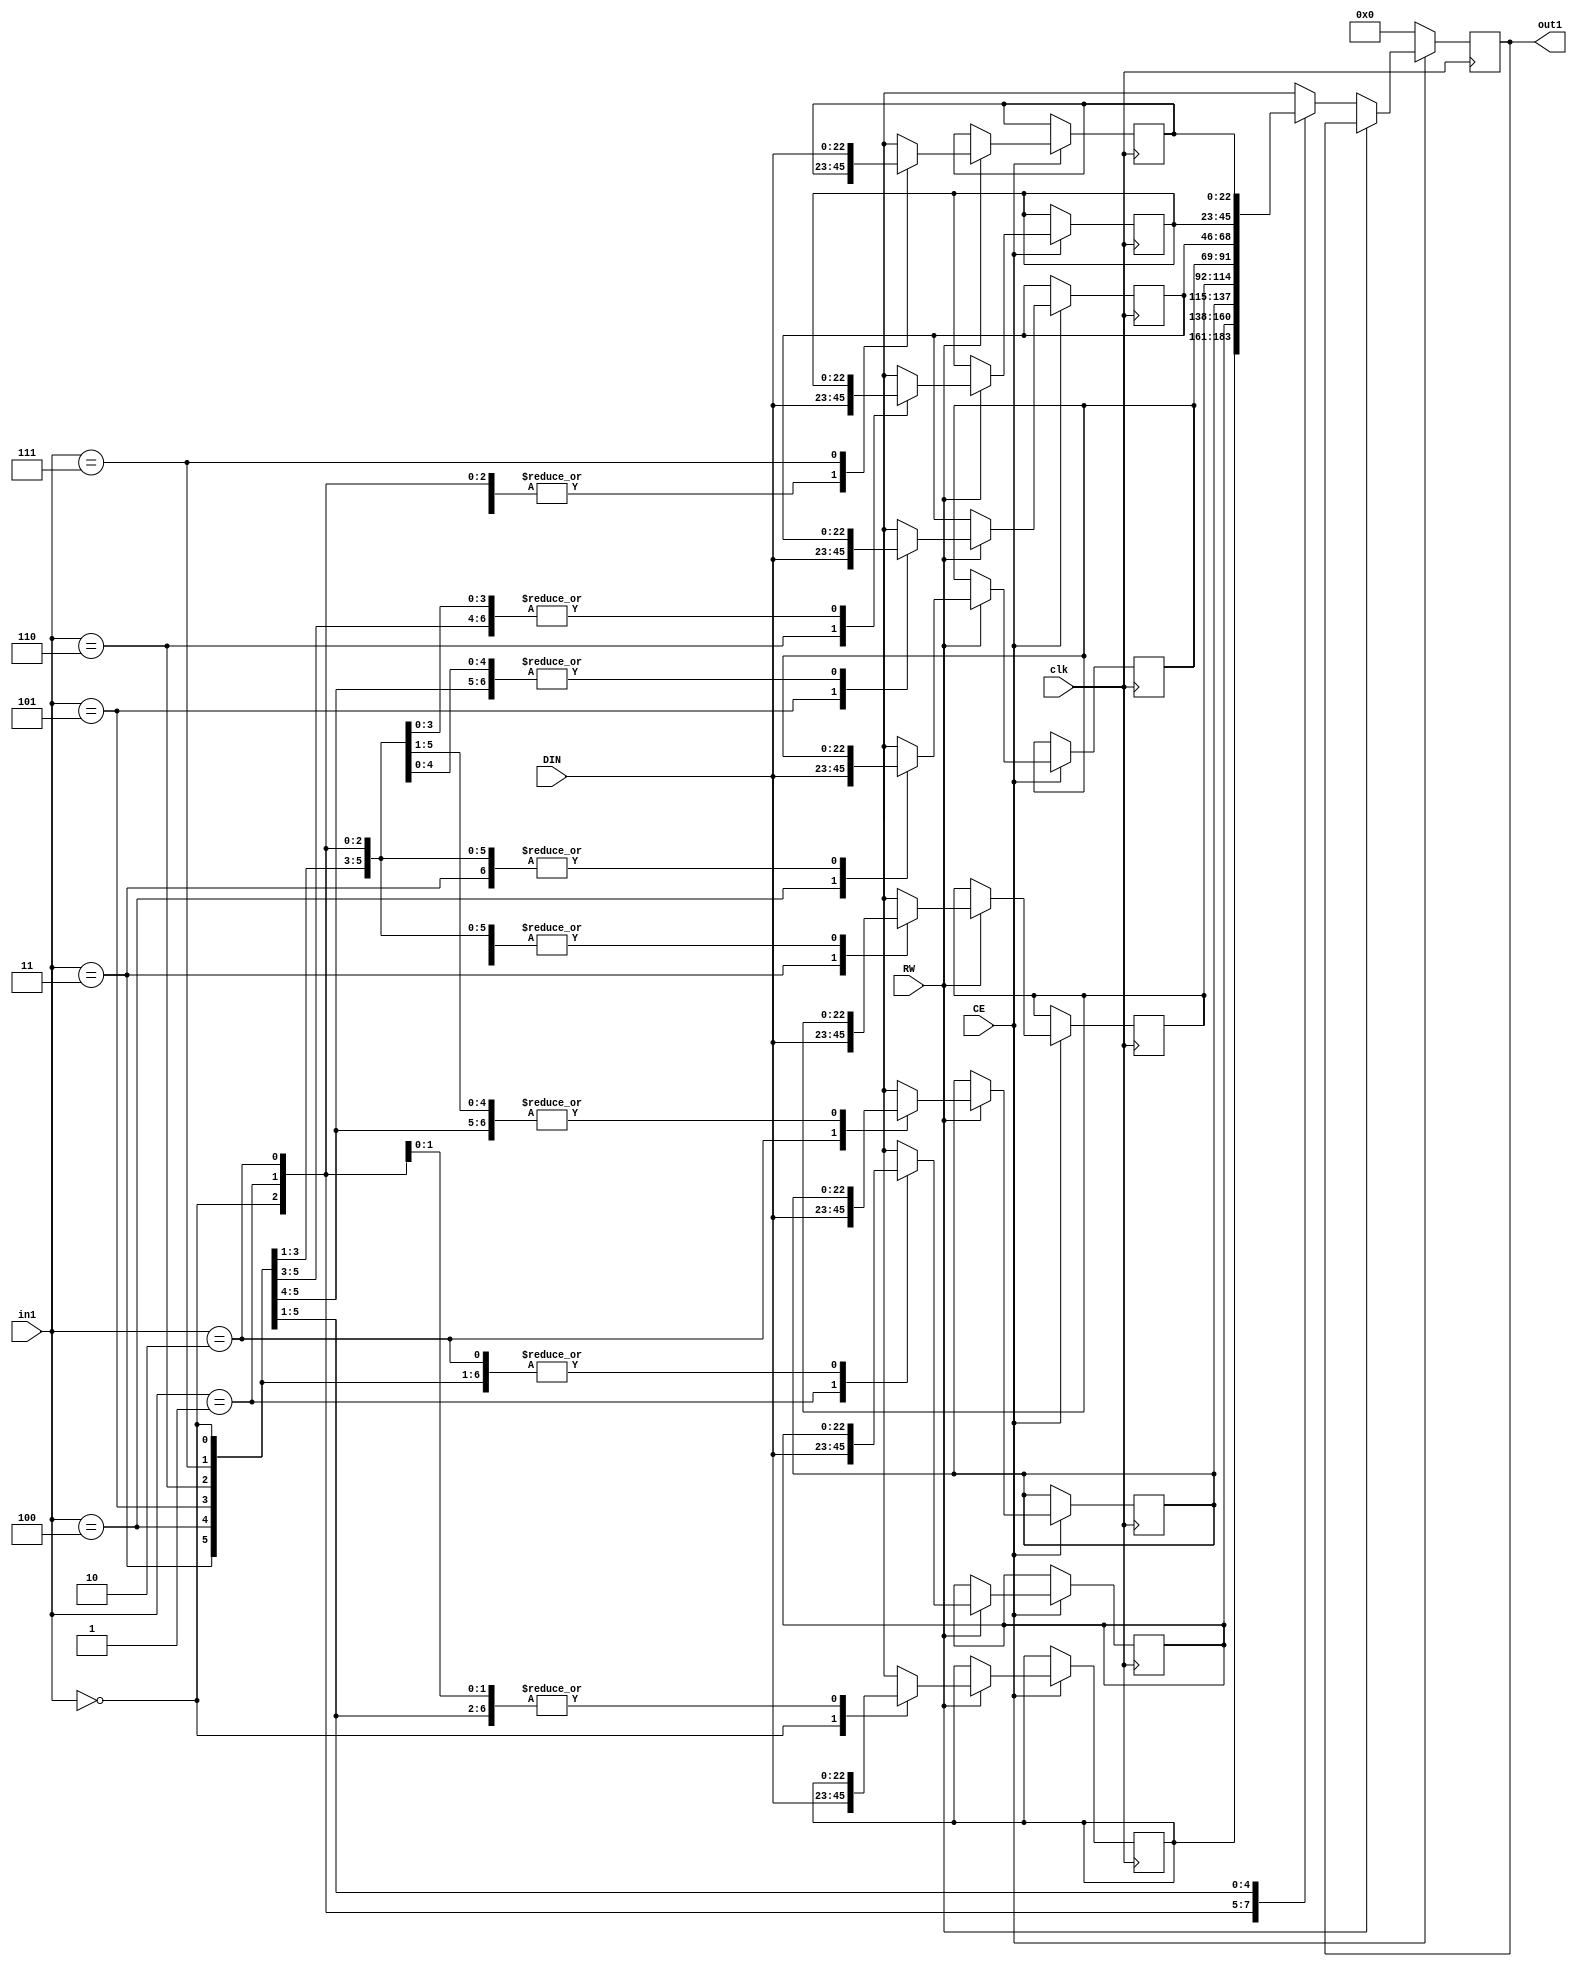
// Generated by stratus_hls 19.12-s100  (91710.131054)
// Sun Apr 24 14:27:46 2022
// from ../DFT_compute.cpp

`timescale 1ps / 1ps

      
module DFT_compute_RAM_8X23_3(DIN, CE, RW, in1, out1, clk);

      input [22:0] DIN;
      input CE;
      input RW;
      input [2:0] in1;
      input clk;
      output [22:0] out1;
      reg [22:0] out1;
      reg[22:0] mem[7:0];

         always @(posedge clk)
          begin :DFT_compute_RAM_8X23_3_thread_1
            if (CE) begin
               if (RW) begin
                  mem[in1] = DIN;
               end
               else begin
                  out1 <= mem[in1];
               end
            end
            else begin
               out1 <= 23'd0000000;
            end
         end


endmodule